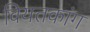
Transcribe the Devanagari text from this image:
वियतकांग